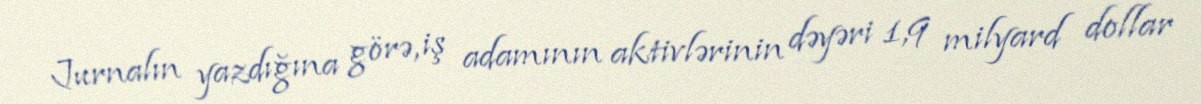
Jurnalın yazdığına görə, iş adamının aktivlərinin dəyəri 1,9 milyard dollar